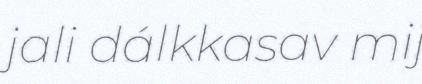
jali dálkkasav mij